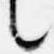
言